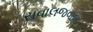
સવાલજવાબ